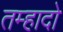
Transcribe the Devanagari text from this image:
तम्हादो